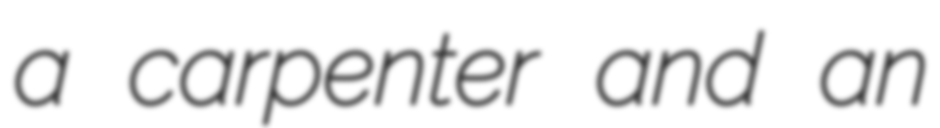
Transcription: a carpenter and an